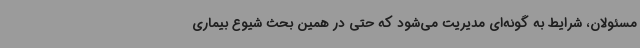
مسئولان، شرایط به گونه‌ای مدیریت می‌شود که حتی در همین بحث شیوع بیماری